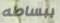
ببساطه